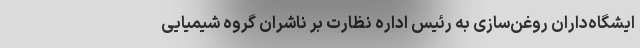
ایشگاه‌داران روغن‌سازی به رئیس اداره نظارت بر ناشران گروه شیمیایی